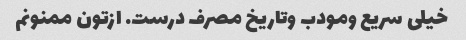
خیلی سریع ومودب وتاریخ مصرف درست. ازتون ممنونم